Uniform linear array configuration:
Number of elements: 12
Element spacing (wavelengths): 1
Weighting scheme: hann
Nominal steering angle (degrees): -45
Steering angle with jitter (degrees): -44.18
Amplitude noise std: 0.05
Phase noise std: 0.05

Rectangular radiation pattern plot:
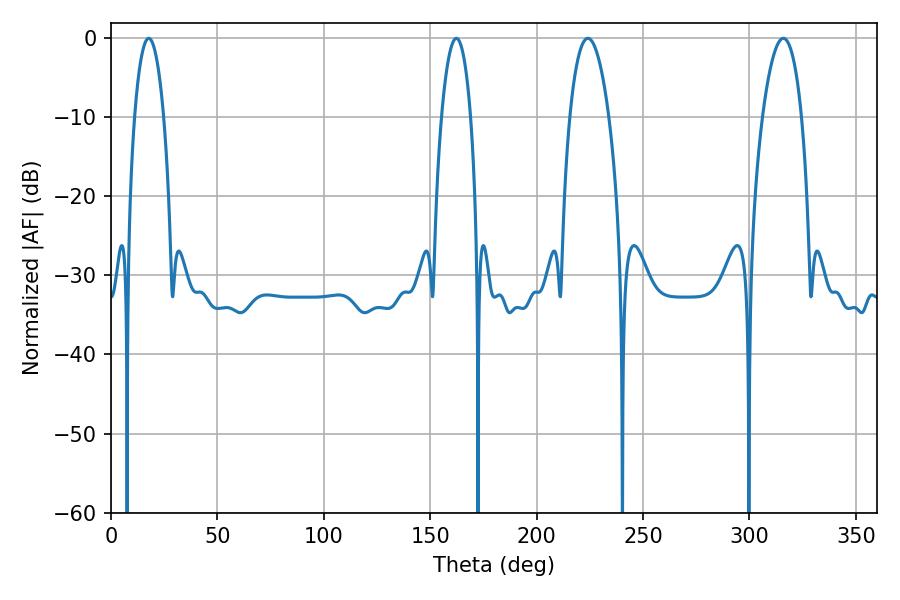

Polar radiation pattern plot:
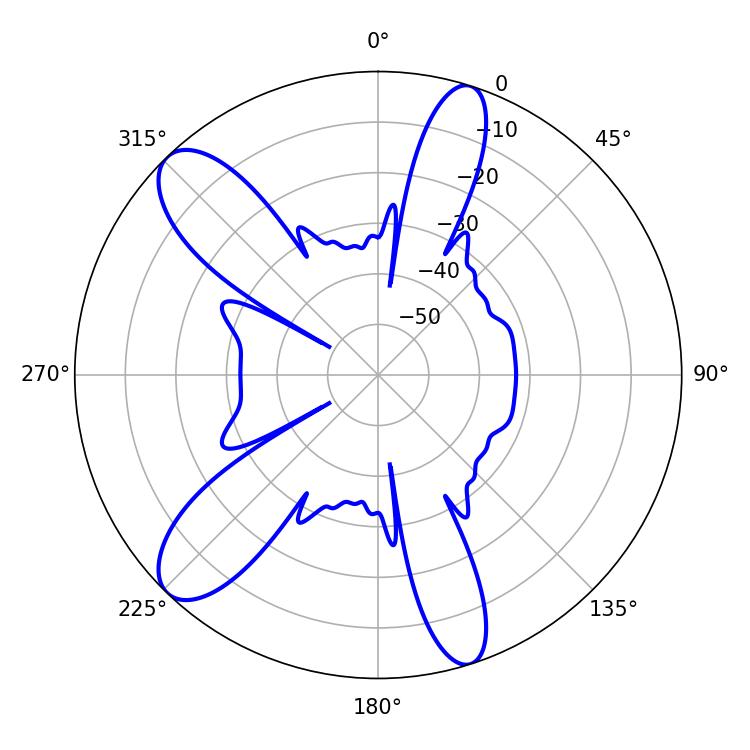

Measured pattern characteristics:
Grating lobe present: TRUE
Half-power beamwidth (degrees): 10.26
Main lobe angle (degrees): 224.1